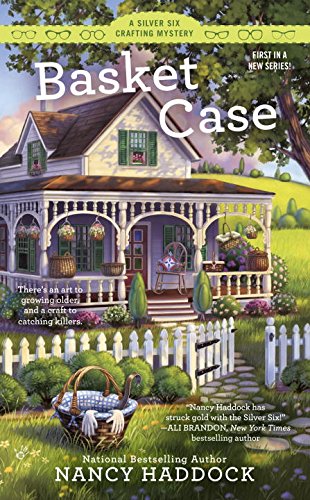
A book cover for Basket Case (A Silver Six Mystery); Nancy Haddock; Mystery, Thriller & Suspense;